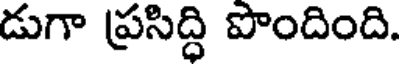
డుగా ప్రసిద్ధి పొందింది.